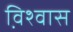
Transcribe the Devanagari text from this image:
वि़श्वास